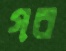
গর